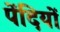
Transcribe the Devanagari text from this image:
पेंदियों